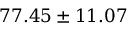
7 7 . 4 5 \pm 1 1 . 0 7